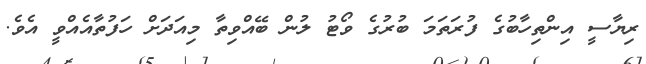
ރިޔާސީ އިންތިހާބުގެ ފުރަތަމަ ބުރުގެ ވޯޓު ލުން ބޭއްވިތާ މިއަދަށް ހަފުތާއެއްވީ އެވެ.